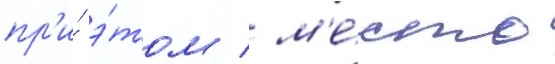
пр'и́ э́том / м'е́сто